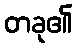
တခု၏